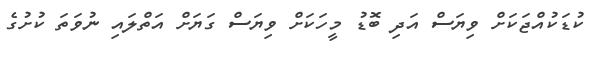
ކުޑަކުއްޖަކަށް ވިޔަސް އަދި ބޮޑު މީހަކަށް ވިޔަސް ގަޔަށް އަތްލައި ނުވަތަ ކުށުގެ